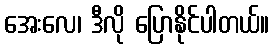
အေးလေ၊ ဒီလို ပြောနိုင်ပါတယ်။